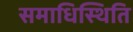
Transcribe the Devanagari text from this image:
समाधिस्थिति